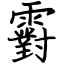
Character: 䨴